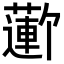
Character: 𬞮